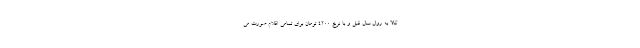
کالا به روال سال قبل و با نرخ ۴۲۰۰ تومان برای تمامی اقلام صورت می